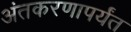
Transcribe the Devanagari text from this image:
अंतकरणापर्यंत